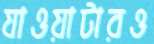
যাওয়াটারও